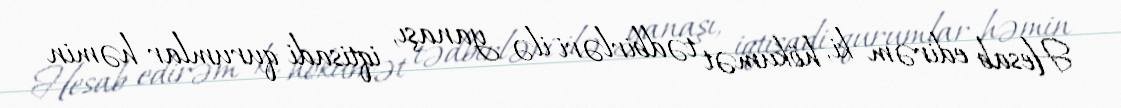
Hesab edirəm ki, hökumət tədbirləri ilə yanaşı, iqtisadi qurumlar həmin